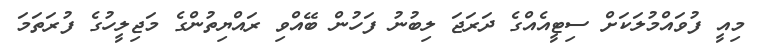
މިއީ ފުވައްމުލަކަށް ސިޓީއެއްގެ ދަރަަޖަ ލިބުނު ފަހުން ބޭއްވި ރައްޔިތުންގެ މަޖިލީހުގެ ފުރަތަމަ